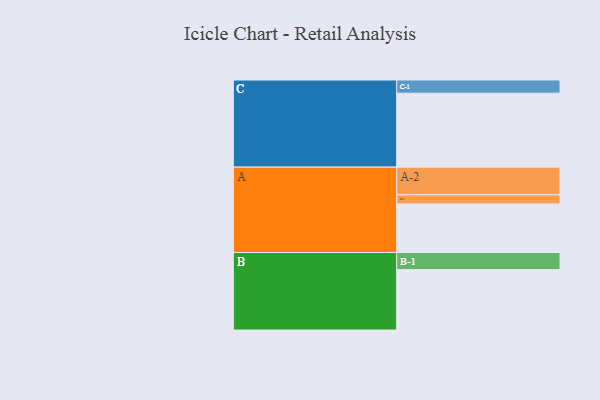
{"axis": {"x": "Segment", "y": "Value"}, "legend": ["", "A", "B", "C"], "data": [{"x": "A", "y": 383, "type": ""}, {"x": "B", "y": 476, "type": ""}, {"x": "C", "y": 583, "type": ""}, {"x": "A-1", "y": 72, "type": "A"}, {"x": "A-2", "y": 218, "type": "A"}, {"x": "B-1", "y": 135, "type": "B"}, {"x": "C-1", "y": 104, "type": "C"}]}